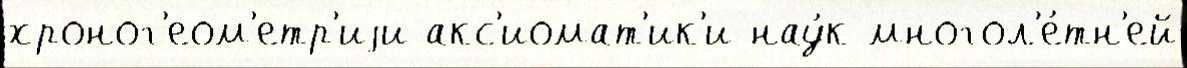
хроног'еом'етр'иjи акс'иомат'ик'и нау́к многол'е́тн'ей